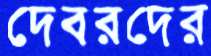
দেবরদের